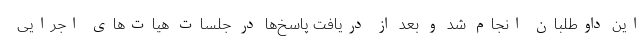
این داوطلبان انجام شد و بعد از دریافت پاسخ‌ها در جلسات هیات‌های اجرایی